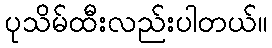
ပုသိမ်ထီးလည်းပါတယ်။